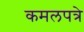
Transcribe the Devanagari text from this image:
कमलपत्रे